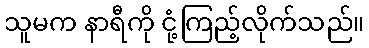
သူမက နာရီကို ငုံ့ကြည့်လိုက်သည်။